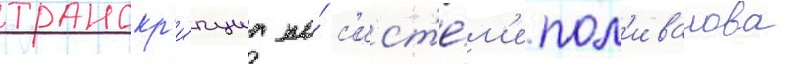
транскр'и́пциа по́ с'ист'е́м'е пол'иванова